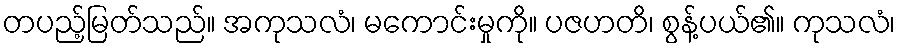
တပည့်မြတ်သည်။ အကုသလံ၊ မကောင်းမှုကို။ ပဇဟတိ၊ စွန့်ပယ်၏။ ကုသလံ၊